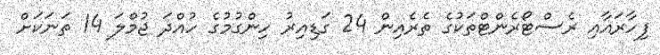
ފިހާރައާއި ރެސްޓޯރެންޓްތަކުގެ ތެރެއިން 24 ގަޑިއިރު ހިންގުމުގެ ހުއްދަ ޖުމްލަ 14 ތަނަކަށް